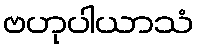
ဗဟုပါယာသံ